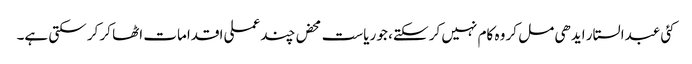
کئی عبدالستار ایدھی مل کر وہ کام نہیں کر سکتے، جو ریاست محض چند عملی اقدامات اٹھا کر کر سکتی ہے۔